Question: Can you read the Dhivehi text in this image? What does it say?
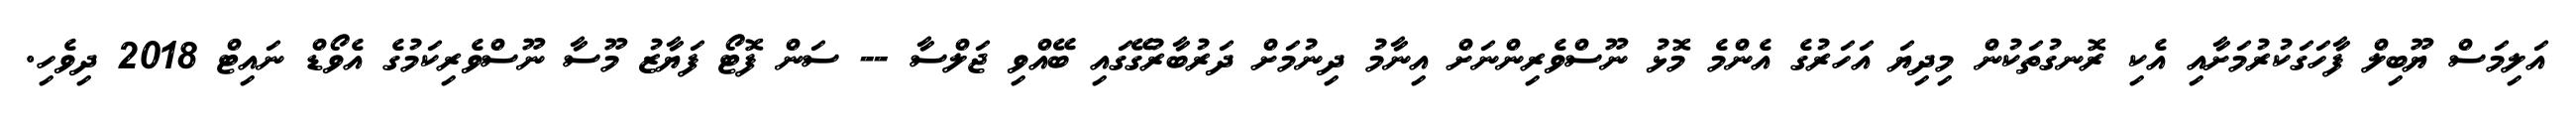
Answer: އަލިމަސް ޔޫބިލް ފާހަގަކުރުމަށާއި އެކި ރޮނގުތަކުން މިދިޔަ އަހަރުގެ އެންމެ މޮޅު ނޫސްވެރިންނަށް އިނާމު ދިނުމަށް ދަރުބާރުގޭގައި ބޭއްވި ޖަލްސާ -- ސަން ފޮޓޯ ފަޔާޒު މޫސާ ނޫސްވެރިކަމުގެ އެވޯޑް ނައިޓް 2018 ދިވެހި.